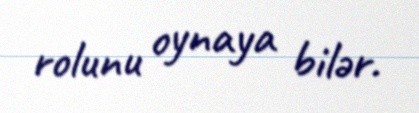
rolunu oynaya bilər.